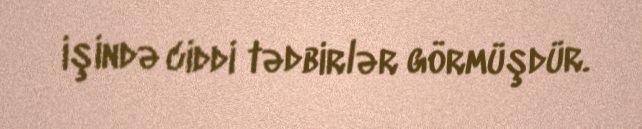
işində ciddi tədbirlər görmüşdür.